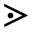
\gtrdot